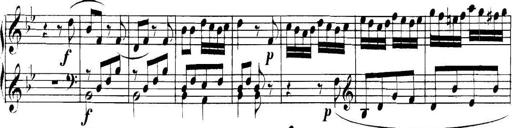
Title: Collected Piano Sonatas
Composer: Muzio Clementi